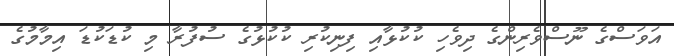
އަވަސްގެ ނޫސްވެރިންގެ ދިވެހި ކުކުޅާއި ފިނިކުރި ކުކުޅުގެ ސުފުރާ މި ކުޑަކުޑަ އިމާމުގެ